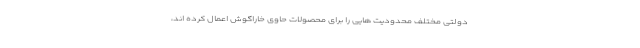
دولتی مختلف محدودیت هایی را برای محصولات حاوی خاراگوش اعمال کرده اند،